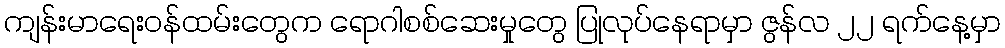
ကျန်းမာရေးဝန်ထမ်းတွေက ရောဂါစစ်ဆေးမှုတွေ ပြုလုပ်နေရာမှာ ဇွန်လ ၂၂ ရက်နေ့မှာ